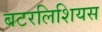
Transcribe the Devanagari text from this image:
बटरलिशियस